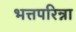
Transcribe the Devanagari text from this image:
भत्तपरिन्ना